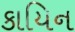
કાયિન